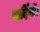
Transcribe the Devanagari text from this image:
सर्दियों।